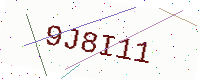
Text: 9J8I11